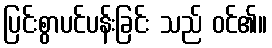
ပြင်းစွာပင်ပန်းခြင်း သည် ဝင်၏။